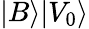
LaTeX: |B\rangle|V_{0}\rangle